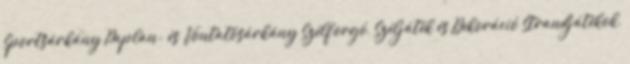
Sportsárkány Paplan- és Vontatósárkány Szélforgó, Széljáték és Dekoráció Strandjátékok,